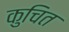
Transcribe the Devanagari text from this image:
कुचित